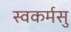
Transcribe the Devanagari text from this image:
स्वकर्मसु